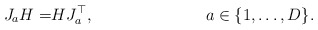
\begin{align*}J_aH=&HJ_a^\top, & a\in\{1,\dots,D\}.\end{align*}